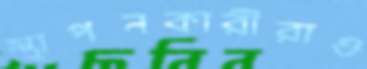
স্থাপনকারীরাও